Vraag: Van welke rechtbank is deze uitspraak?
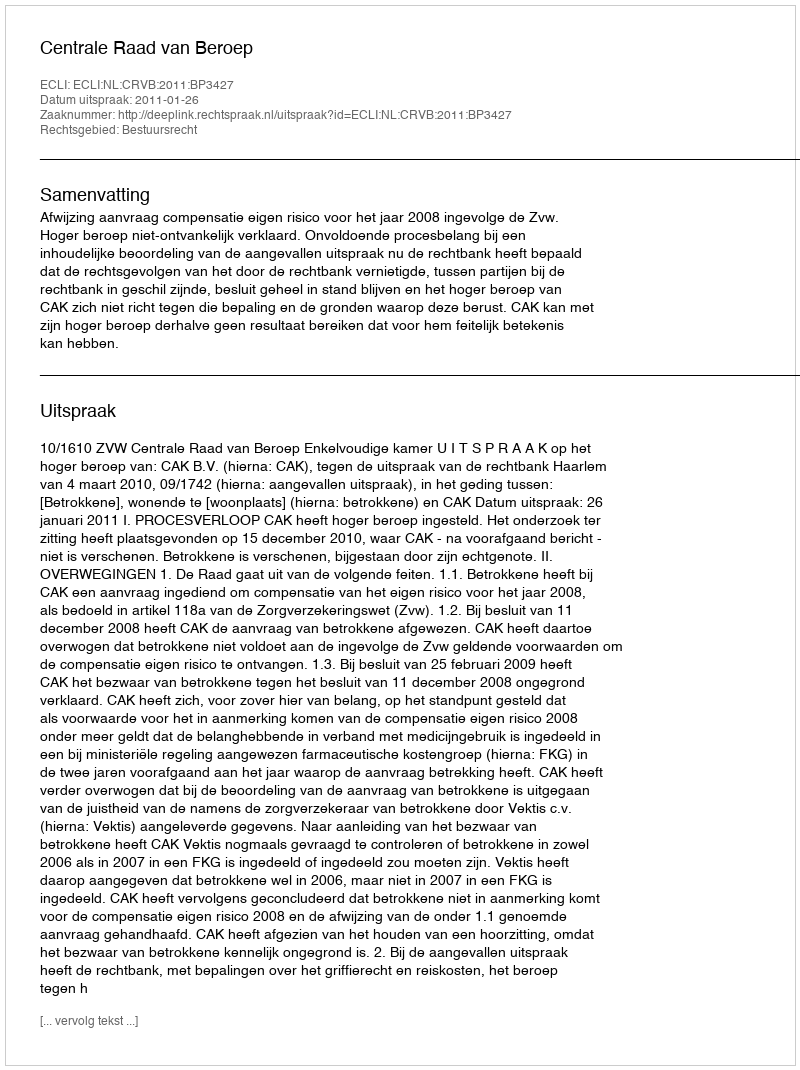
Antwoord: Centrale Raad van Beroep